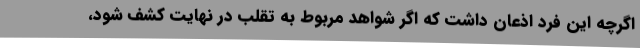
اگرچه این فرد اذعان داشت که اگر شواهد مربوط به تقلب در نهایت کشف شود،